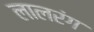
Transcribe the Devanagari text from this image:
लालरंग